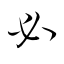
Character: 必